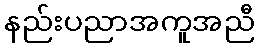
နည်းပညာအကူအညီ